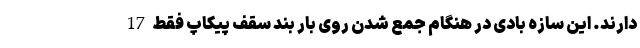
دارند. این سازه بادی در هنگام جمع شدن روی بار بند سقف پیکاپ فقط 17